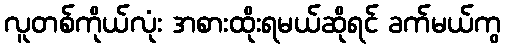
လူတစ်ကိုယ်လုံး အစားထိုးရမယ်ဆိုရင် ခက်မယ်ကွ